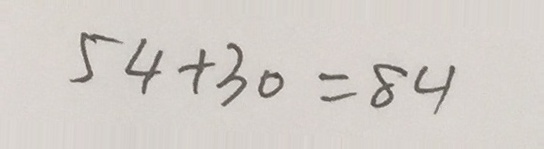
5 4 + 3 0 = 8 4